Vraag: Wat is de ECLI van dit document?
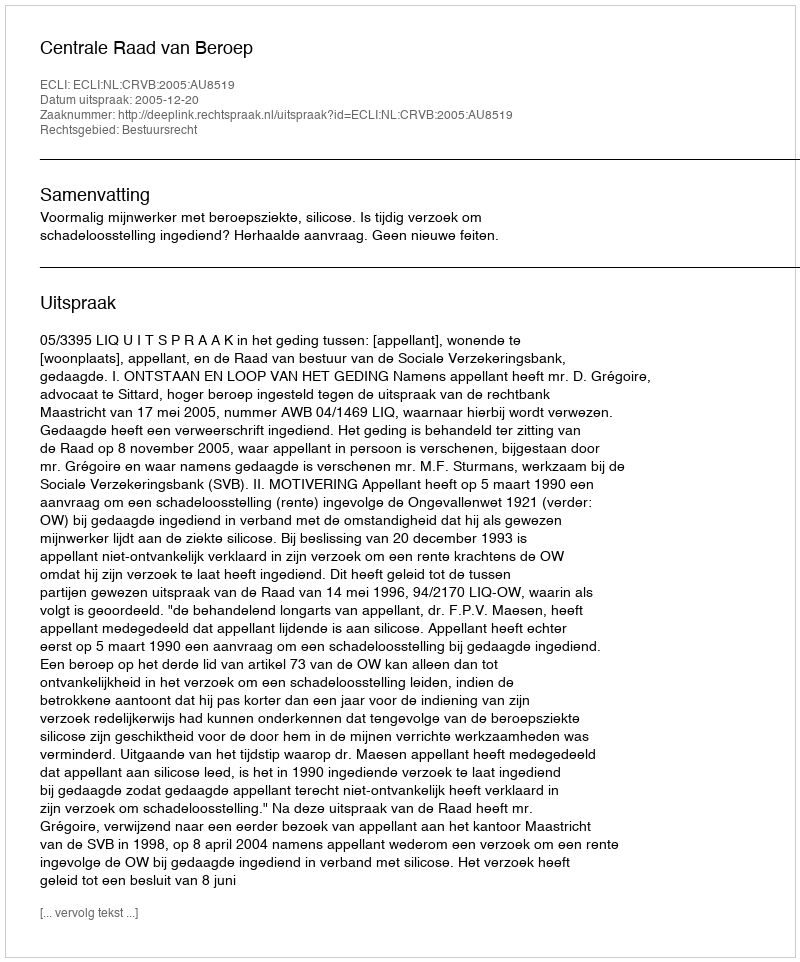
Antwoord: ECLI:NL:CRVB:2005:AU8519